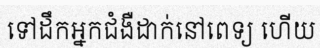
ទៅដឹកអ្នកជំងឺដាក់នៅពេទ្យ ហើយ